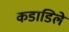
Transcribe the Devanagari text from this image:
कडाडिले